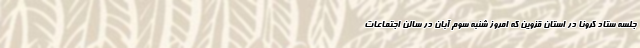
جلسه ستاد کرونا در استان قزوین که امروز شنبه سوم آبان در سالن اجتماعات